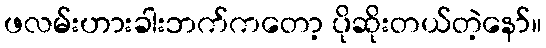
ဖလမ်းဟားခါးဘက်ကတော့ ပိုဆိုးတယ်တဲ့နော်။